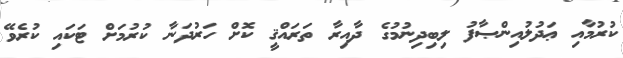
ކުރުމާއި ޢަދުލުއިންޞާފު ލިބިދިނުމުގެ ދާއިރާ ތަރައްޤީ ކޮށް ހަރުދަނާ ކުރުމަށް ޓަކައި ކުރެވޭ